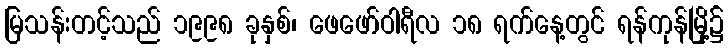
မြသန်းတင့်သည် ၁၉၉၈ ခုနှစ်၊ ဖေဖော်ဝါရီလ ၁၈ ရက်နေ့တွင် ရန်ကုန်မြို့၌